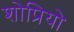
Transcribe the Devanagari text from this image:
शोप्रियो